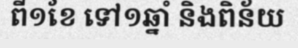
ពី១ខែ ទៅ១ឆ្នាំ និងពិន័យ